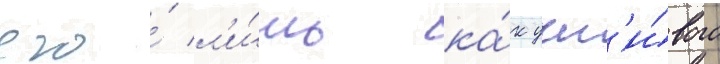
его́ л'и́шь ка́к учт'и́вого